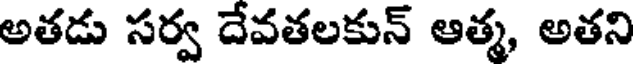
అతడు సర్వ దేవతలకున్ ఆత్మ, అతని